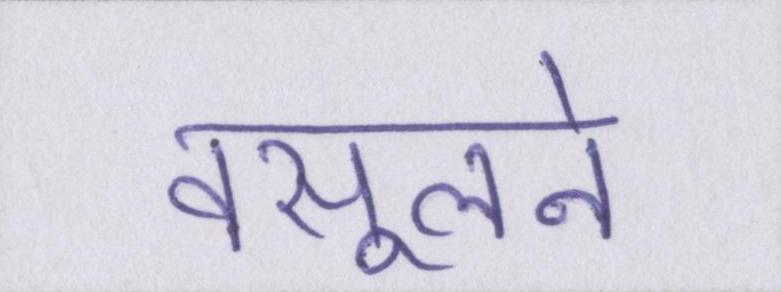
वसूलने